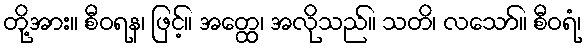
တို့အား။ စီဝရန၊ ဖြင့်။ အတ္ထေ၊ အလိုသည်။ သတိ၊ လသော်။ စီဝရံ၊